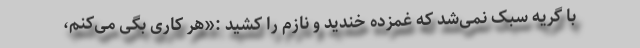
با گریه سبک نمی‌شد که غمزده خندید و نازم را کشید :«هر کاری بگی می‌کنم،